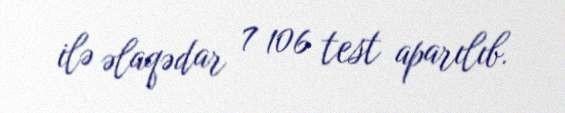
ilə əlaqədar 7 106 test aparılıb.